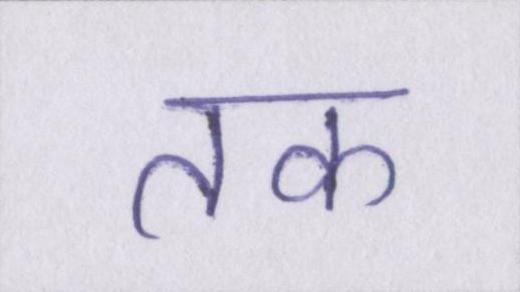
तक